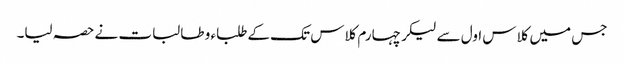
جس میں کلاس اول سے لیکر چہارم کلاس تک کے طلباء و طالبات نے حصہ لیا۔